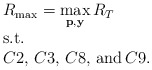
\begin{align*}\begin{array}{l}R_{\max}=\mathop {\max }\limits_{{\bf p},{\bf y}} {R_T}\\{\rm{s}}{\rm{.t}}{\rm{.}}\\C2,\,C3,\,C8,\,{\rm and}\,C9.\end{array}\end{align*}